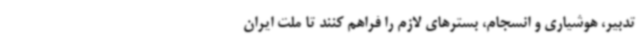
تدبیر، هوشیاری و انسجام، بسترهای لازم را فراهم کنند تا ملت ایران